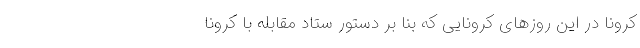
کرونا در این روزهای کرونایی که بنا بر دستور ستاد مقابله با کرونا